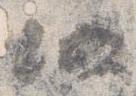
仍